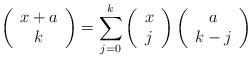
LaTeX: \begin{align*}\left( \begin{array}{c}x+a \\ k\end{array}\right) =\sum_{j=0}^{k}\left( \begin{array}{c}x \\ j\end{array}\right) \left( \begin{array}{c}a \\ k-j\end{array}\right) \end{align*}